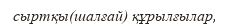
сыртқы(шалғай) құрылғылар,